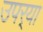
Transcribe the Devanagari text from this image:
उपर्‍या